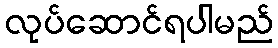
လုပ်ဆောင်ရပါမည်